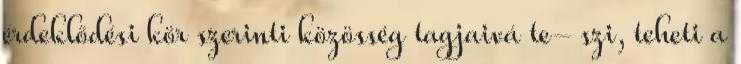
érdeklődési kör szerinti közösség tagjaivá te- szi, teheti a